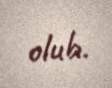
olub.